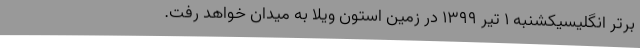
برتر انگلیسیکشنبه 1 تیر 1399 در زمین استون ویلا به میدان خواهد رفت.